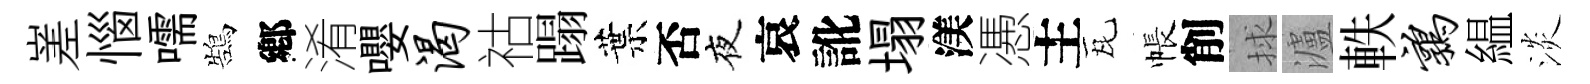
嵳惱嚅鵠鄕淆嚶渴祜蹋葉否夜哀訛塌渼慿主瓦帳削捄瀘軼鹑緼淡